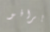
برافو